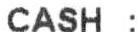
CASH :